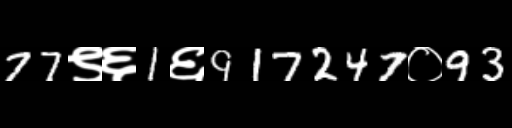
Text: 77९६1६917247०93